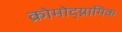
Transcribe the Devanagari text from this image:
क्रोमोद्य्नामिक